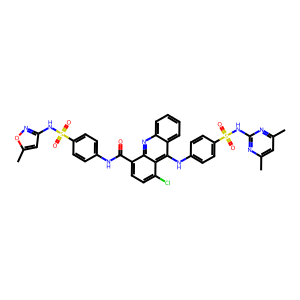
SMILES: Cc1cc(C)nc(NS(=O)(=O)c2ccc(Nc3c4ccccc4nc4c(C(=O)Nc5ccc(S(=O)(=O)Nc6cc(C)on6)cc5)ccc(Cl)c34)cc2)n1
Inhibits HIV replication: No